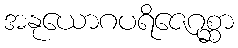
အနုယောဂပရိဇေဂုစ္ဆာ